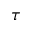
\tau